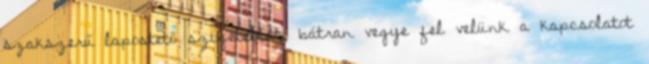
szakszerű lapostető szigetelést, bátran vegye fel velünk a kapcsolatot